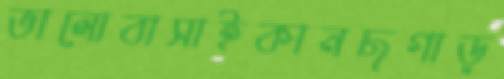
ভালোবাসাইকানছগাড়